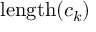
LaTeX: \mathrm { l e n g t h } ( c _ { k } )